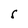
Character: S